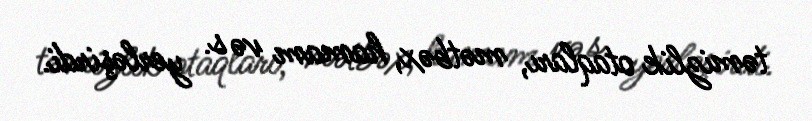
təmizlik otaqları, mətbəx, hamam və s. yerləşirdi.